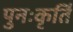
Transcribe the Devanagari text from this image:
पुनःकृर्ति